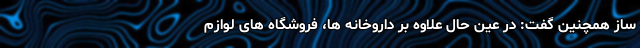
ساز همچنین گفت: در عین حال علاوه بر داروخانه ها، فروشگاه های لوازم